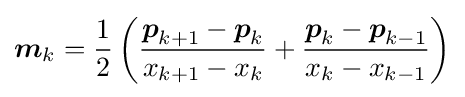
{\boldsymbol {m}}_{k}={\frac {1}{2}}\left({\frac {{\boldsymbol {p}}_{k+1}-{\boldsymbol {p}}_{k}}{x_{k+1}-x_{k}}}+{\frac {{\boldsymbol {p}}_{k}-{\boldsymbol {p}}_{k-1}}{x_{k}-x_{k-1}}}\right)